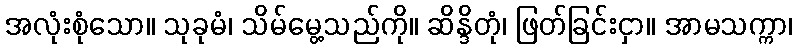
အလုံးစုံသော။ သုခုမံ၊ သိမ်မွေ့သည်ကို။ ဆိန္ဒိတုံ၊ ဖြတ်ခြင်းငှာ။ အာမသက္ကာ၊